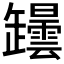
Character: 𦉡